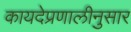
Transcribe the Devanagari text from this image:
कायदेप्रणालीनुसार